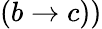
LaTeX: (b\rightarrow c))